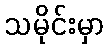
သမိုင်းမှာ